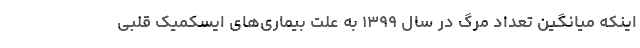
اینکه میانگین تعداد مرگ در سال ۱۳۹۹ به علت بیماری‌های ایسکمیک قلبی